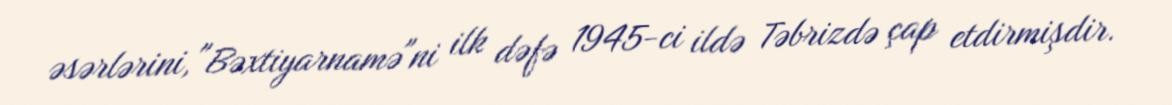
əsərlərini, "Bəxtiyarnamə"ni ilk dəfə 1945-ci ildə Təbrizdə çap etdirmişdir.